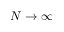
N \to \infty